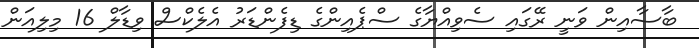
ބާސާއިން ވަނީ ރޭގައި ސެވިއްޔާގެ ސްޕެއިންގެ ޑިފެންޑަރު އެލެކްސް ވިޑާލް 16 މިލިއަން